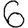
Digit: 6